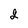
Character: 2